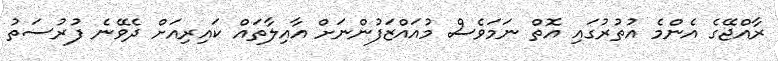
ރާއްޖޭގެ އެންމެ އުތުރުގައި އޮތް ނަމަވެސް މުއައްޒަފުންނަށް އާއިލާތައް ކައިރިއަށް ދެވޭނެ ފުރުސަތު